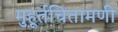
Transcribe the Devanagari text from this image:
मुहूर्तचिंतामणी